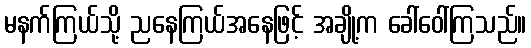
မနက်ကြယ်သို့ ညနေကြယ်အနေဖြင့် အချို့က ခေါ်ဝေါ်ကြသည်။